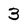
Character: 3